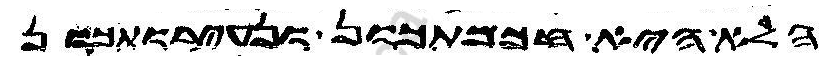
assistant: הלא היא חכמתכון ונעירותכון